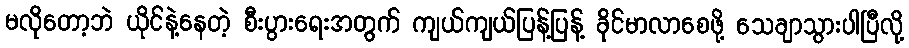
မလိုတော့ဘဲ ယိုင်နဲ့နေတဲ့ စီးပွားရေးအတွက် ကျယ်ကျယ်ပြန့်ပြန့် ခိုင်မာလာစေဖို့ သေချာသွားပါပြီလို့